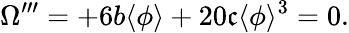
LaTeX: \Omega^{\prime\prime\prime}=+6b\langle\phi\rangle+20\mathfrak{c}\langle\phi\rangle^{3}=0.